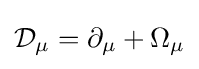
{\mathcal {D}}_{\mu }=\partial _{\mu }+\Omega _{\mu }